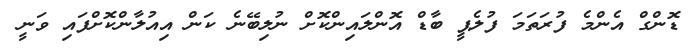
ޑޮންގް އެންމެ ފުރަތަމަ ފުލެޕީ ބާޑް އޮންލައިންކޮށް ނުލިބޭނެ ކަން އިއުލާންކޮށްފައި ވަނީ